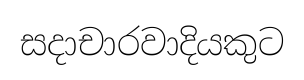
සදාචාරවාදියකුට